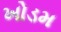
ખોડમ